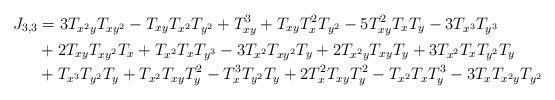
LaTeX: \begin{align*} J_{3,3}&=3T_{x^2y}T_{xy^2}-T_{xy}T_{x^2}T_{y^2}+T_{xy}^3+T_{xy}T_x^2T_{y^2} -5T_{xy}^2T_xT_y-3T_{x^3}T_{y^3}\\&+2T_{xy}T_{xy^2}T_x+T_{x^2}T_xT_{y^3}-3T_{x^2}T_{xy^2}T_y+2T_{x^2y}T_{xy}T_y+3T_{x^2}T_xT_{y^2}T_y\\&+T_{x^3}T_{y^2}T_y+T_{x^2}T_{xy}T_y^2-T_x^3T_{y^2}T_y+2T_x^2T_{xy}T_y^2-T_{x^2}T_xT_y^3-3T_xT_{x^2y}T_{y^2} \end{align*}